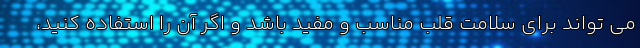
می تواند برای سلامت قلب مناسب و مفید باشد و اگر آن را استفاده کنید،